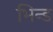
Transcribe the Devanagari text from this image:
भिन्ड